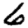
Digit: 6